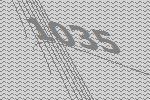
1035